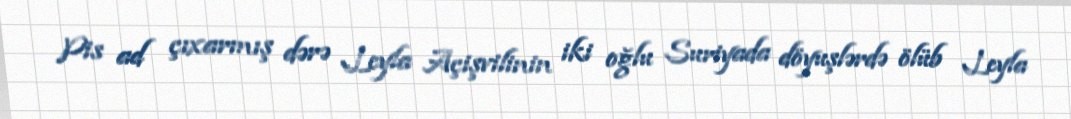
Pis ad çıxarmış dərə Leyla Açişvilinin iki oğlu Suriyada döyuşlərdə ölüb Leyla